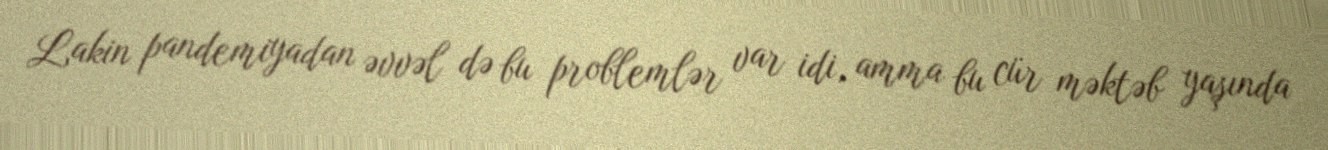
Lakin pandemiyadan əvvəl də bu problemlər var idi, amma bu cür məktəb yaşında